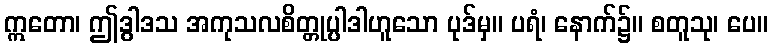
ဣတော၊ ဤဒွါဒသ အကုသလစိတ္တုပ္ပါဒါဟူသော ပုဒ်မှ။ ပရံ၊ နောက်၌။ စတူသု၊ ပေ။